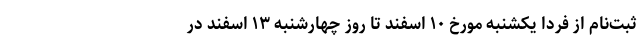
ثبت‌نام‌ از فردا یکشنبه مورخ ۱۰ اسفند تا روز چهارشنبه ۱۳ اسفند در